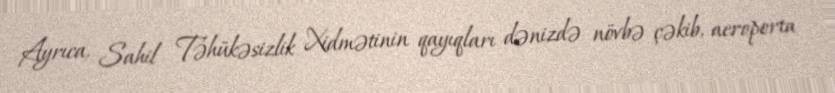
Ayrıca, Sahil Təhükəsizlik Xidmətinin qayıqları dənizdə növbə çəkib, aeroporta